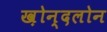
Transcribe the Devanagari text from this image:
ख़ोन्दलोन